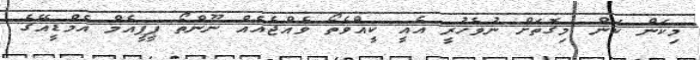
މިކަން ކަން މިގޮތަށް ނުވެހުރީ އެއީ ކީއްވެތޯ ވެއްޖެއެއް ނޫންތޯ ޕީޕީއެމް އެމްޑީއޭގެ